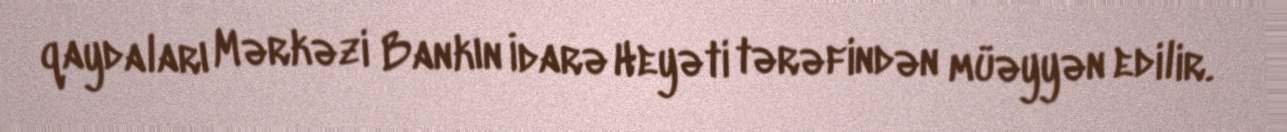
qaydaları Mərkəzi Bankın İdarə Heyəti tərəfindən müəyyən edilir.